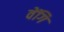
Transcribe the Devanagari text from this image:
वेंगि